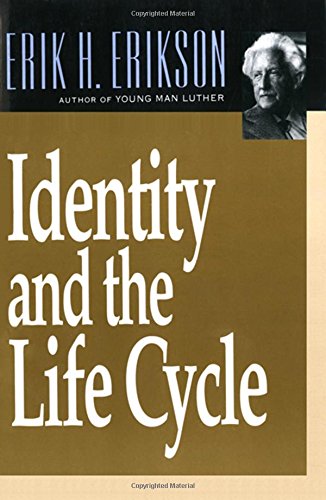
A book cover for Identity and the Life Cycle; Erik H. Erikson; Science & Math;